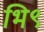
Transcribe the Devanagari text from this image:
भि९